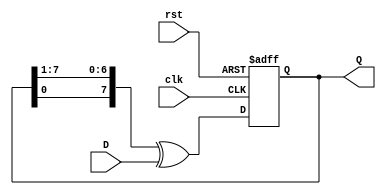
module FeedbackRegister #(
    parameter WIDTH = 8 // Define the width of the register
)(
    input wire clk,          // Clock input
    input wire rst,          // Asynchronous reset input
    input wire [WIDTH-1:0] D, // Data input
    output reg [WIDTH-1:0] Q  // Current state output
);

    // Internal signal for feedback logic
    wire feedback;

    // Define feedback logic; you can modify this as per your needs
    // Example: Feedback from the first bit of Q (Q[0])
    assign feedback = Q[0]; // Modify this according to the desired feedback bits

    always @(posedge clk or posedge rst) begin
        if (rst) begin
            // Reset logic
            Q <= {WIDTH{1'b0}}; // Set to all zeros
        end else begin
            // State update logic with feedback mechanism
            Q <= {feedback, Q[WIDTH-1:1]} ^ D; // Example feedback logic
        end
    end

endmodule